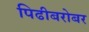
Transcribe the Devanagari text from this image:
पिढीबरोबर